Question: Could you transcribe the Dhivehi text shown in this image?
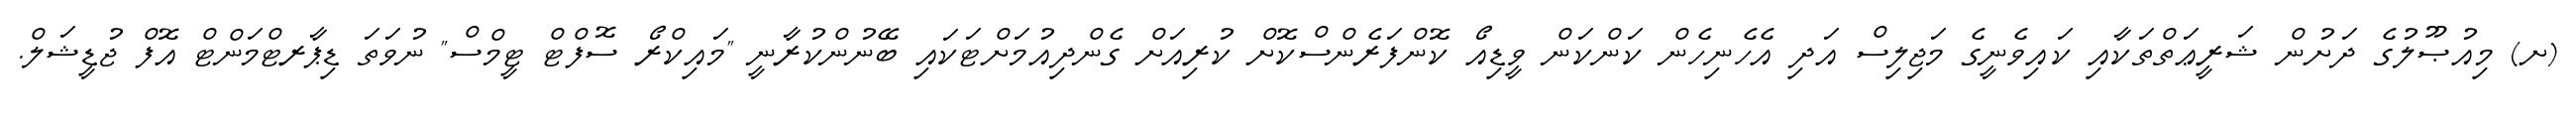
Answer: (ށ) މިއުޞޫލުގެ ދަށުން ޝަރީޢަތްތަކާއި ކައިވެނީގެ މަޖިލިސް އަދި އެހެނިހެން ކަންކަން ވީޑިއޯ ކޮންފަރެންސްކޮށް ކުރިއަށް ގެންދިއުމަށްޓަކައި ބޭނުންކުރާނީ "މައިކްރޯ ސޮފްޓް ޓީމްސް" ނުވަތަ ޑިޕާރޓްމަންޓް އޮފް ޖުޑީޝަލް.